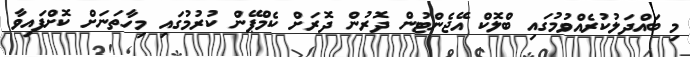
މި ބައްދަލުކުރެއްވުމުގައި ބްލޮކް އޭޖެންޓުން ދޮރުން ދޮރަށް ކެމްޕޭން ކުރުމުގައި މިހާތަނަށް ކޮށްފައިވާ